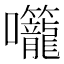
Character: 𭍌